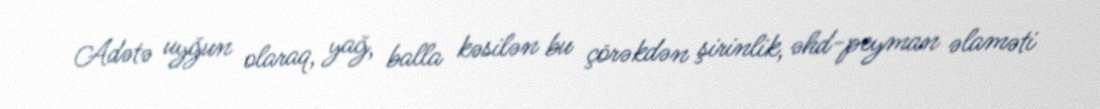
Adətə uyğun olaraq, yağ, balla kəsilən bu çörəkdən şirinlik, əhd-peyman əlaməti